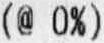
(@ 0%)